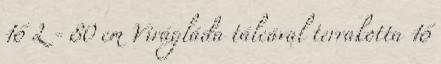
16 L - 80 cm Virágláda tálcával terrakotta 16